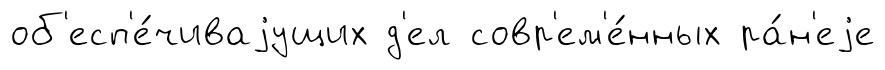
об'есп'е́чиваjущих д'ел совр'ем'е́нных ра́н'еjе